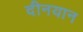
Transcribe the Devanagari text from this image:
दीनयान